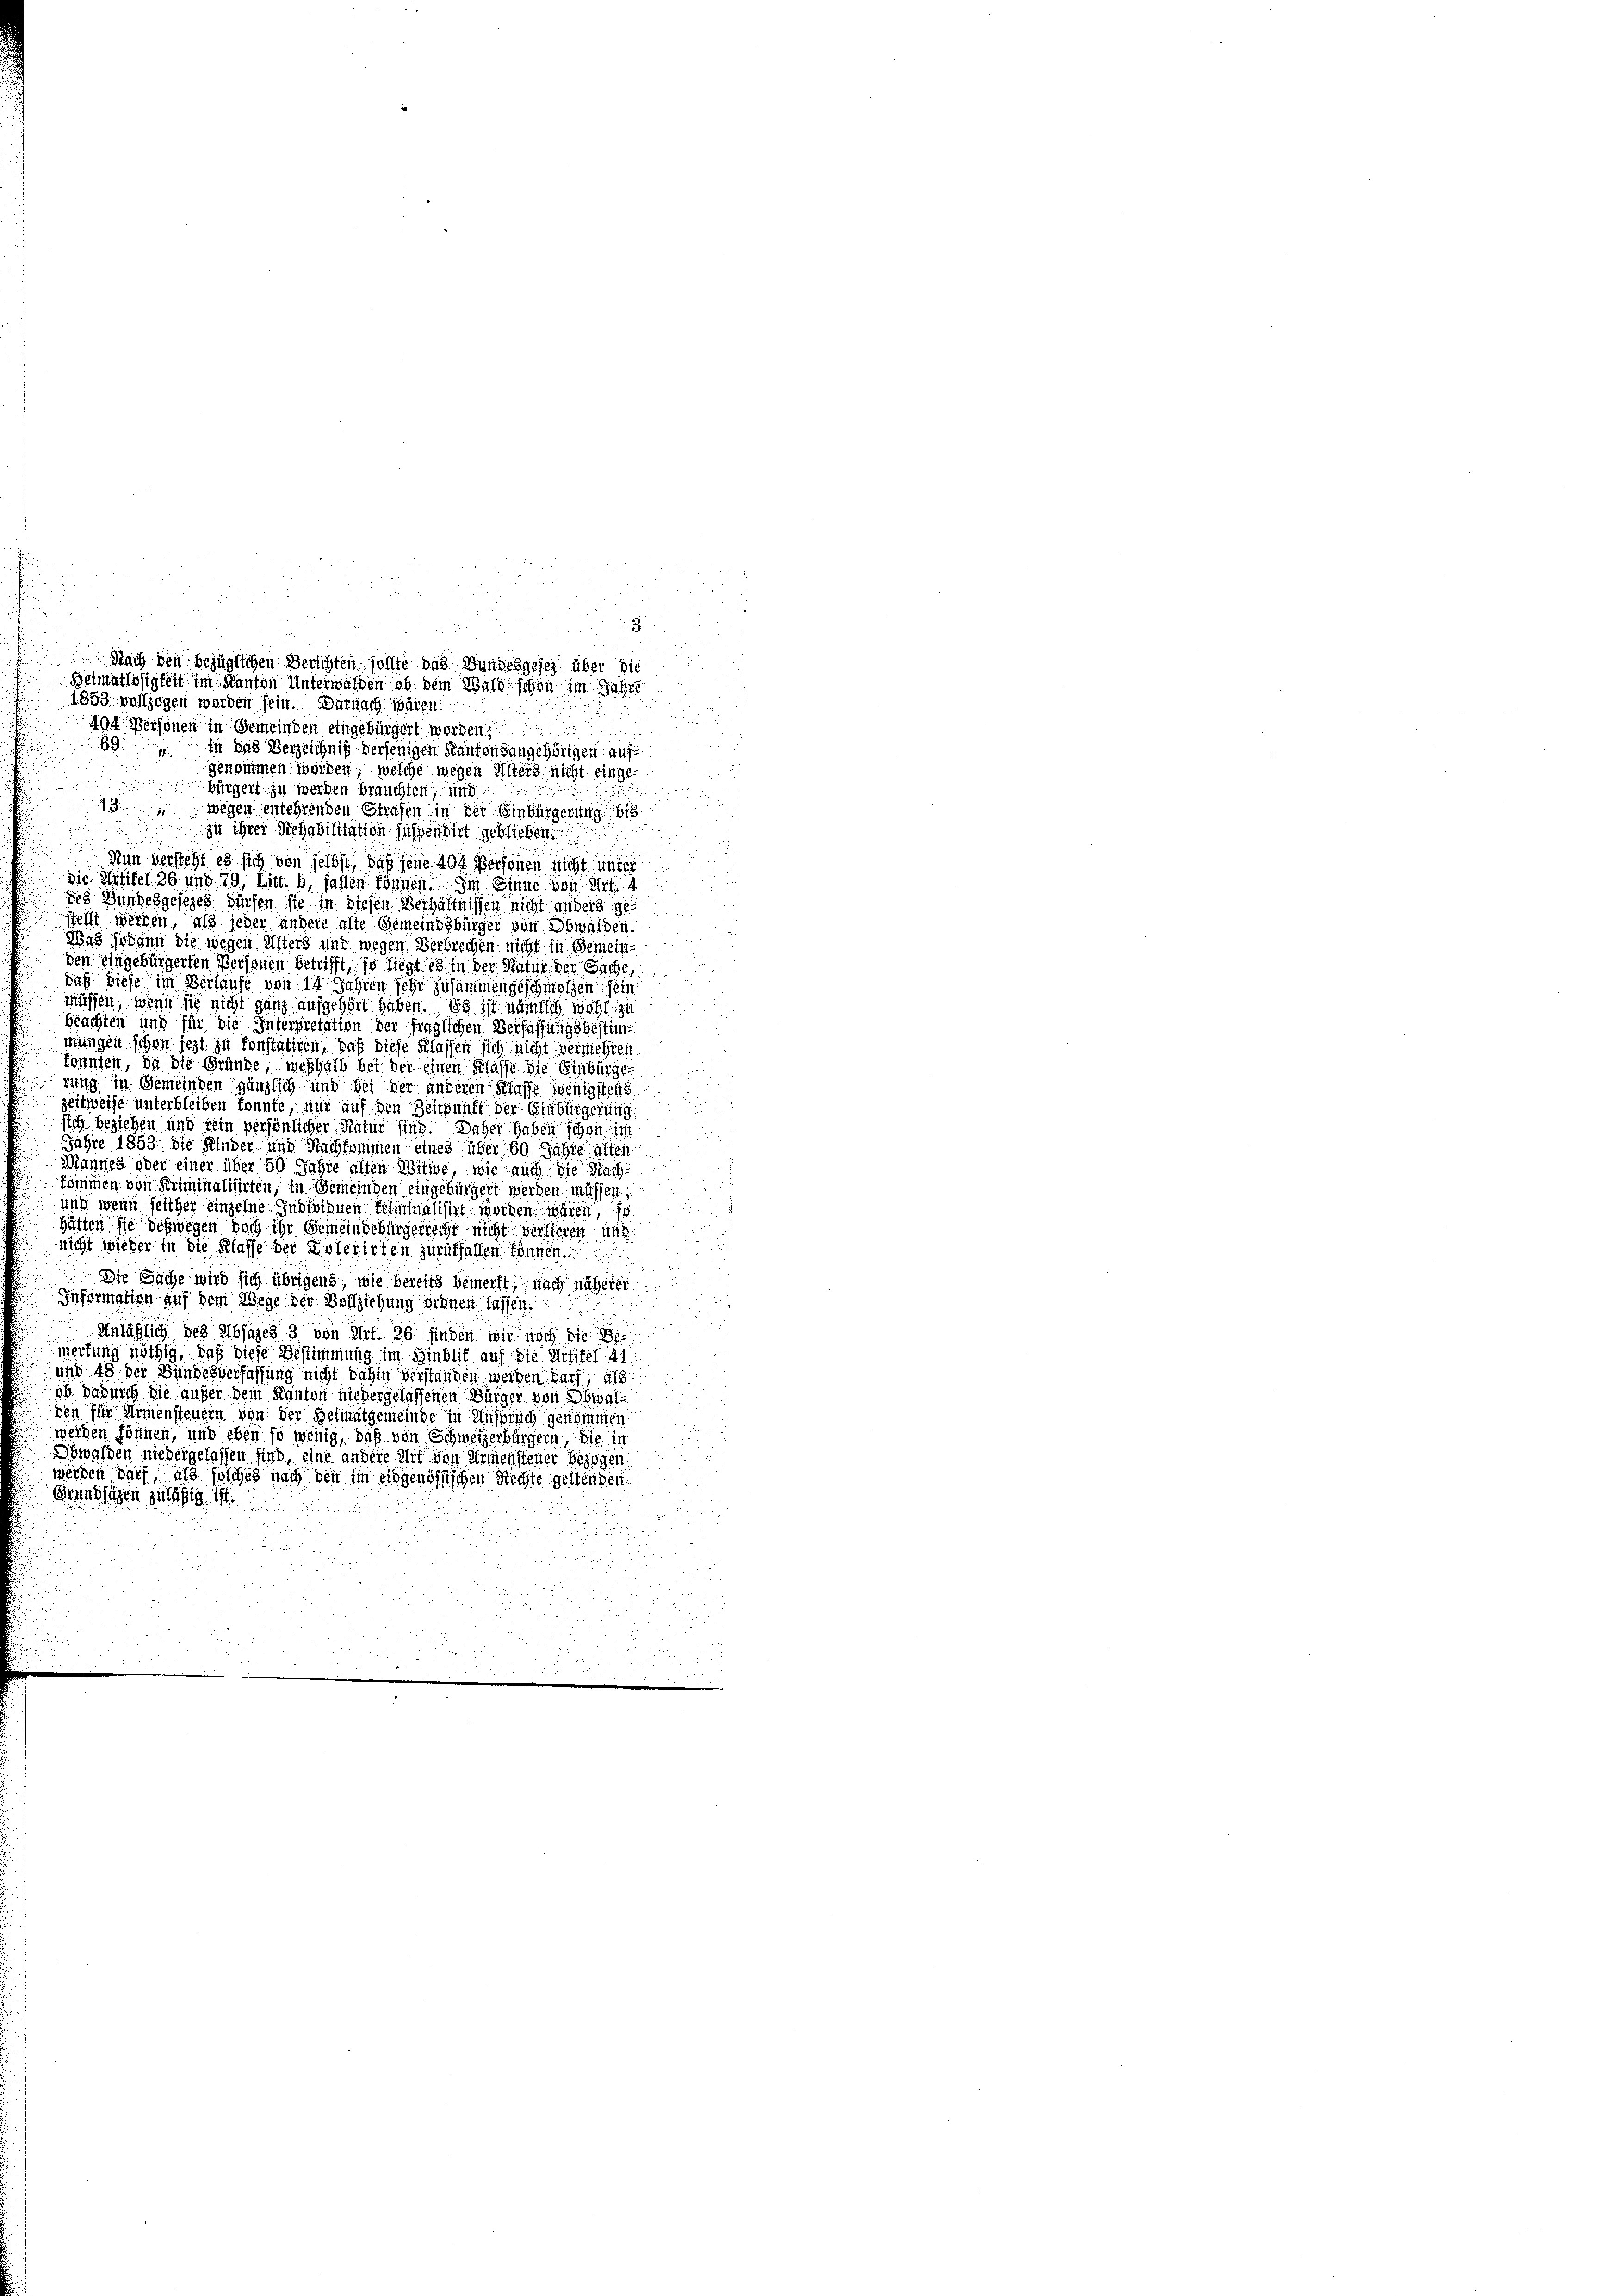
89 in das Verzeichniß derjenigen Kantonsangehörigen auf
genommen worden, welche wegen Alters nicht einge¬

Bürgert zu werden brauchten, und

wegen entehrenden Strafen in der Einbürgerung bis
zu ihrer Rehabilitation suspendirt geblieben.
Nun versteht es sich von selbst, daß jene 40 Personen nicht unter

die Mittel 26 und 79, Litt. b, fallen können. Im Sinne von Art. 4
des Bundesgesezes dürfen sie in diesen Verhältnissen nicht anders ge
d
stellt werden, als jeder andere alte Gemeindsbürger von Obwalden.
Was sodann die wegen Unters und wegen Verbrechen nicht in Gemeinden eingebürgerten Personen betrifft, so liegt es in der Natur der Sache
daß diese im Verlaufe von 14 Jahren sehr zusammengeschmolzen sein
müssen; wenn sie nicht ganz aufgehört haben. Es ist nämlich wohl zu

beachten und für die Interpretation der fraglichen Verfassungsbestimmungen schon iezt zu konstatiren, daß diese Klassen sich nicht vermehren

könnten, da die Gründe, weshalb bei der einen Klasse die Einbürge
rung in Gemeinden gänzlich und bei der anderen Klasse wenigstens
zeitweise unterbleiben konnte, nur auf den Zeitpunkt der Einbürgerung
sich beziehen und sein persönlicher Natur sind. Daher haben schon im
Jahre 1853 die Kinder und Nachkommen eines über 60 Jahre alten
Mannes oder einer über 50 Jahre alten Witwe, wie auch die Sach

kommen von Kriminalisirten, in Gemeinden eingebürgert werden müssen,

und wenn seither einzelne Individuen Kriminalisirt worden wären, 10
hätten sie deswegen doch ihr Gemeindebürgerrecht nicht versteren und
nicht wieder in die Klasse der Interirten zurückfallen können.
Die Sache wird sich übrigens, wie bereits bemerkt, nach näherer
Information auf dem Wege der Vollziehung ordnen lassen.
8
Anläßlich des Absages 3 von Art. 26 finden wir noch die
g
mertung nöthig, daß diese Bestimmung im Hinblit auf die Mitifer 41
und 48 der Bundesverfassung nicht dahin verstanden werden darf, als
ib Dadurch die außer dem Kanton niedergelassenen Bürger von Obwalden für Armensteuern von der Heimatgemeinde in Ansprich genommen
werden können, und eben so wenig, daß von Schweizerbürgern, die in
Obwalden niedergelassen sind, eine andere Mit von Armensteuer bezogen.
werden darf, als solches nach den im eidgenössischen Rechte geltenden
.
Grundlagen zuläßig M

i

 Nach den bezüglichen Berichten sollte das Bundesgesez über die
Beimatlosigkeit im Kanton Unterwalten ob dem Wald schon im Jahre
4853 vollzogen worden sein. Darnach waren
404 Personen in Gemeinden eingebürgert worden,
e

222

5fr.
di